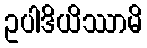
ဥပါဒိယိဿာမိ